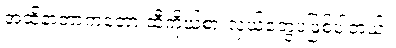
အထိနာတာကတော့ ထီကိုယ်စားလှယ်တွေပဲဖြစ်ပါတယ်။